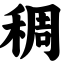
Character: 稠